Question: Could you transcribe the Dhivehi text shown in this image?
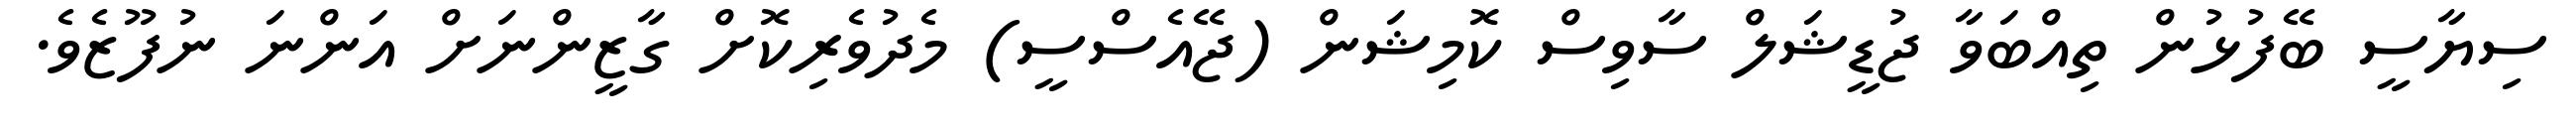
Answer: ސިޔާސީ ބޭފުޅުން ތިއްބަވާ ޖުޑީޝަލް ސާވިސް ކޮމިޝަން (ޖޭއެސްސީ) މެދުވެރިކޮށް ގާޒީންނަށް އަންނަ ނުފޫޒެވެ.